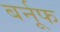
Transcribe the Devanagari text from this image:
बर्नूफ